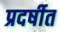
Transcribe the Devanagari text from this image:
प्रदर्षीत